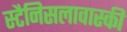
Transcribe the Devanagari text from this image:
स्टैनिसलावास्की